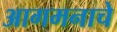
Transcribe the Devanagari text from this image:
आगमनाचे